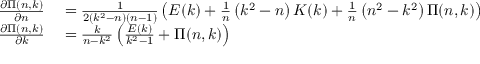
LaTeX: \begin{array} { r l } { { \frac { \partial \Pi ( n , k ) } { \partial n } } } & { { } = { \frac { 1 } { 2 \left( k ^ { 2 } - n \right) ( n - 1 ) } } \left( E ( k ) + { \frac { 1 } { n } } \left( k ^ { 2 } - n \right) K ( k ) + { \frac { 1 } { n } } \left( n ^ { 2 } - k ^ { 2 } \right) \Pi ( n , k ) \right) } \\ { { \frac { \partial \Pi ( n , k ) } { \partial k } } } & { { } = { \frac { k } { n - k ^ { 2 } } } \left( { \frac { E ( k ) } { k ^ { 2 } - 1 } } + \Pi ( n , k ) \right) } \end{array}